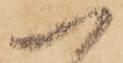
一